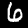
Label: 6